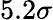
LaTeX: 5.2\sigma